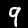
Digit: 9